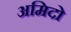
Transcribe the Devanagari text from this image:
अमिदो